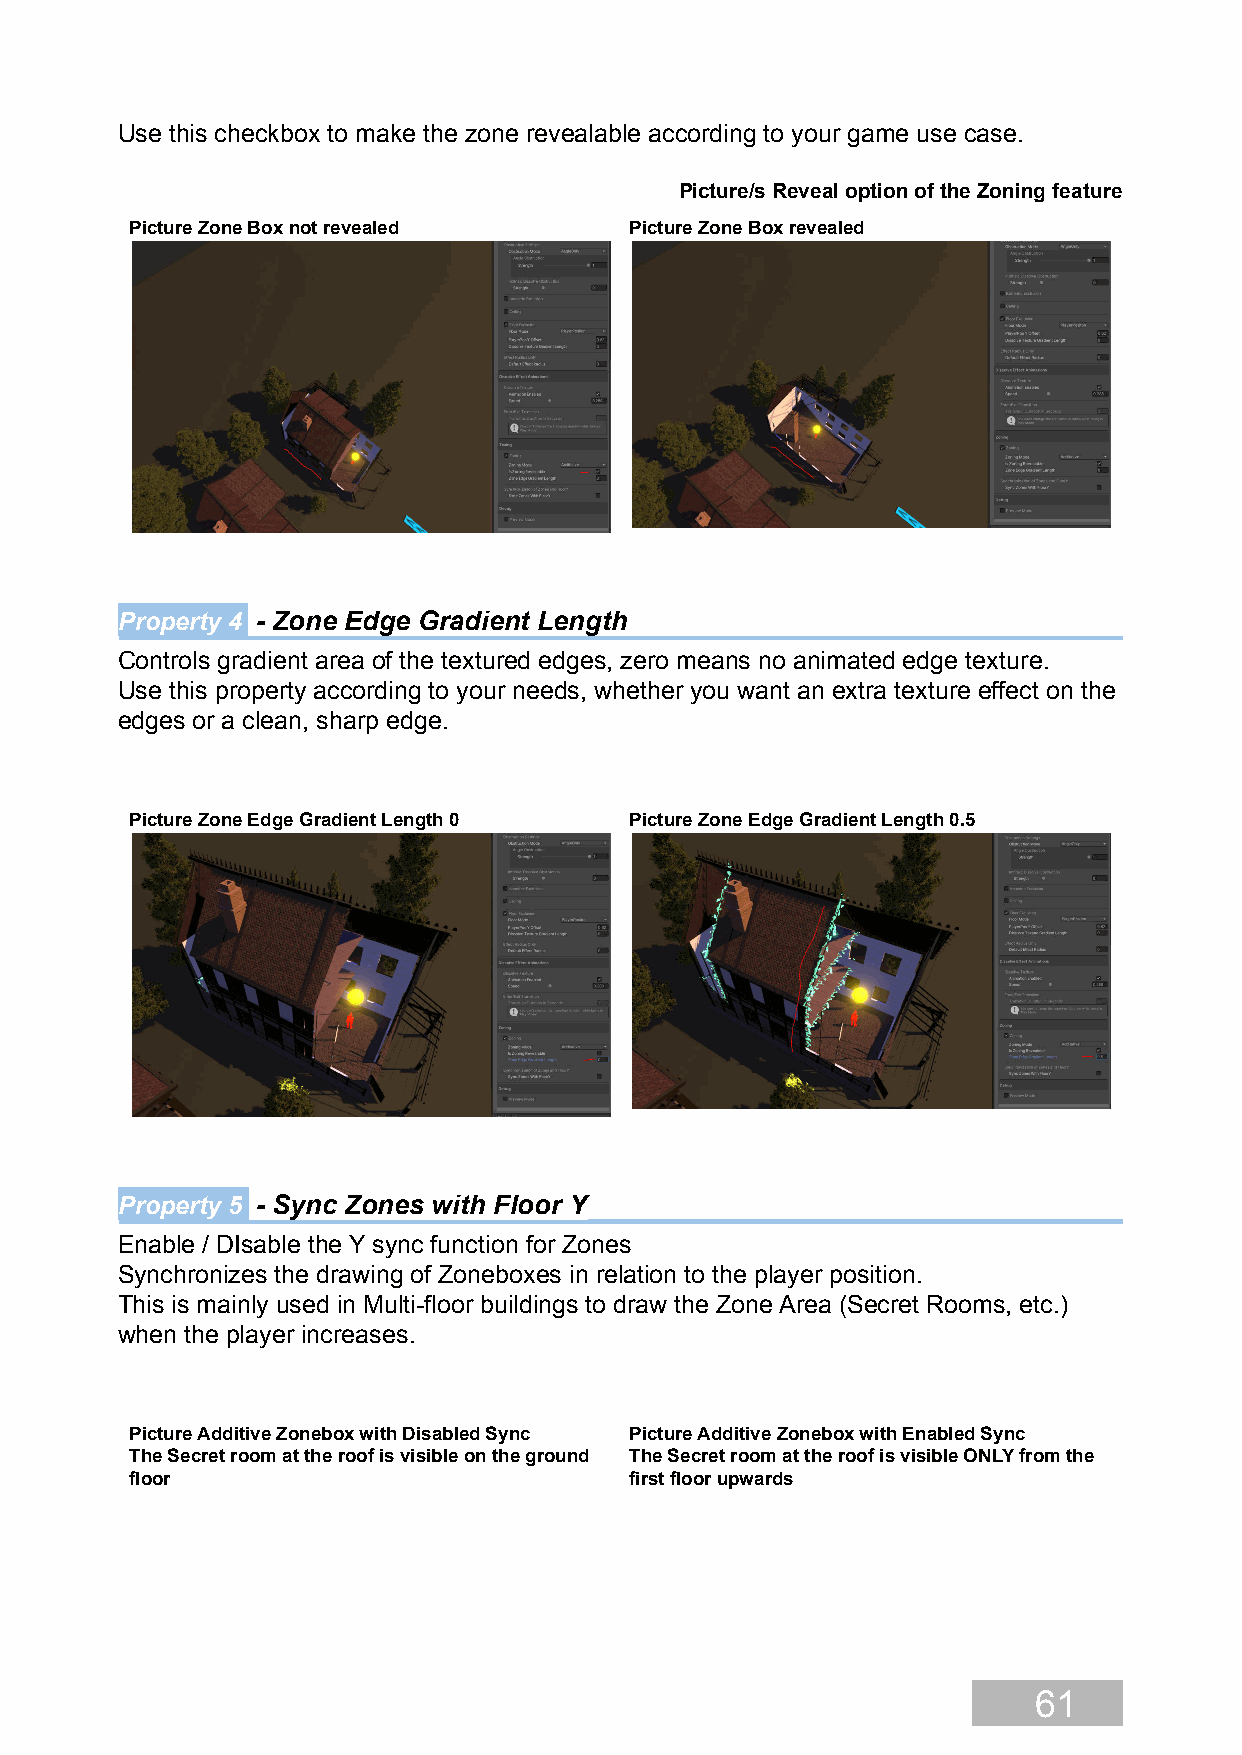
Use this checkbox to make the zone revealable according to your game use case.
 Picture/s Reveal option of the Zoning feature
 Picture Zone Box not revealed    Picture Zone Box revealed
 Property 4 - Zone Edge Gradient Length
 Controls gradient area of the textured edges, zero means no animated edge texture.
 Use this property according to your needs, whether you want an extra texture effect on the
 edges or a clean, sharp edge.
 Picture Zone Edge Gradient Length 0 Picture Zone Edge Gradient Length 0.5
 Property 5 - Sync Zones with Floor Y
 Enable / DIsable the Y sync function for Zones
 Synchronizes the drawing of Zoneboxes in relation to the player position.
 This is mainly used in Multi-floor buildings to draw the Zone Area (Secret Rooms, etc.)
 when the player increases.
 Picture Additive Zonebox with Disabled Sync Picture Additive Zonebox with Enabled Sync
 The Secret room at the roof is visible on the ground The Secret room at the roof is visible ONLY from the
 floor                            first floor upwards
 61